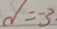
d = - 3